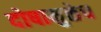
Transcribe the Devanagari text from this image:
दोषामुळेच